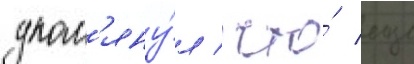
упом'яну́л / что́ еще